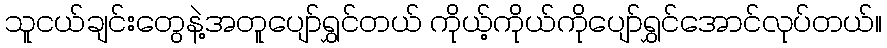
သူငယ်ချင်းတွေနဲ့အတူပျော်ရွှင်တယ် ကိုယ့်ကိုယ်ကိုပျော်ရွှင်အောင်လုပ်တယ်။